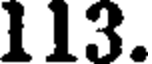
113.